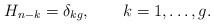
LaTeX: \begin{align*}H_{n-k}=\delta_{kg},\qquad k=1,\ldots,g.\end{align*}